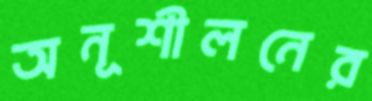
অনূশীলনের